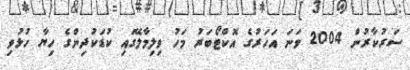
ސަރުކާރުން 2004 ވަނަ އަހަރުގެ އޮކްޓޯބަރު މަހު ވިލިމާލޭގައި ކުޑަކުދިންގެ ހިޔާ ހުޅުވި